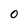
Character: 0